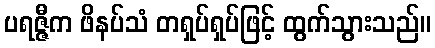
ပရဇ္ဇီက ဖိနပ်သံ တရှပ်ရှပ်ဖြင့် ထွက်သွားသည်။